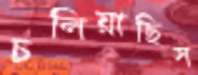
চলিয়াছিস